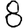
Digit: 8